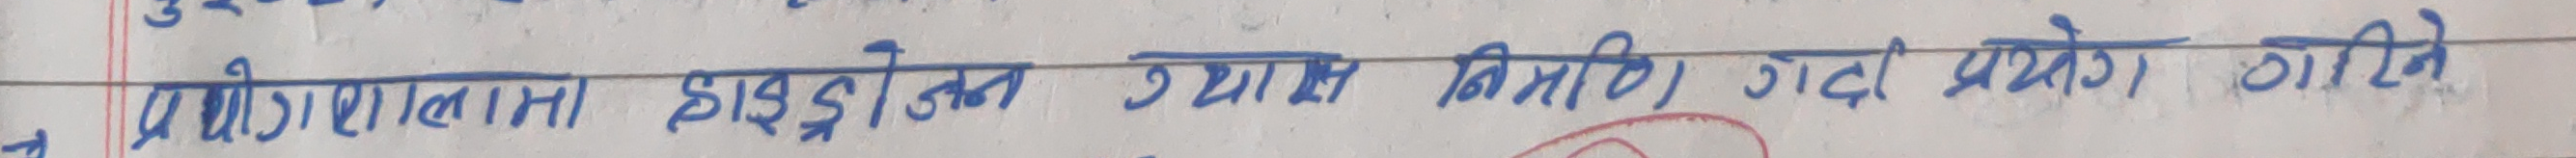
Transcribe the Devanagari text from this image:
प्रयोगशालामा हाइड्रोजन ग्यास निर्माण गर्दा प्रत्येक कोशिष